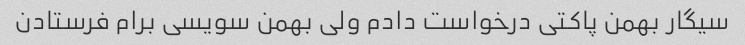
سیگار بهمن پاکتی درخواست دادم ولی بهمن سویسی برام فرستادن